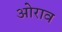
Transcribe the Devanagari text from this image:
ओराव